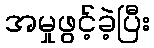
အမှုဖွင့်ခဲ့ပြီး